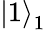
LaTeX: \left|1\right\rangle_{1}